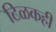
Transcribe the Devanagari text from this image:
टिळकही